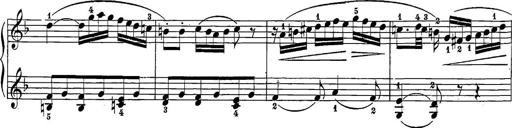
Title: 12 Sonatine per Pianoforte
Composer: Friedrich Kuhlau